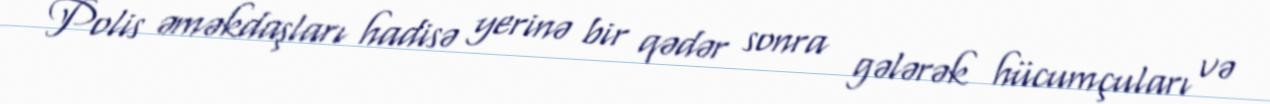
Polis əməkdaşları hadisə yerinə bir qədər sonra gələrək hücumçuları və